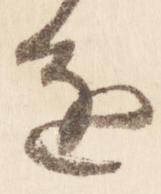
進